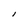
Character: i